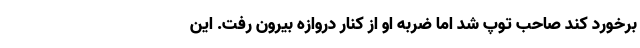
برخورد کند صاحب توپ شد اما ضربه او از کنار دروازه بیرون رفت. این